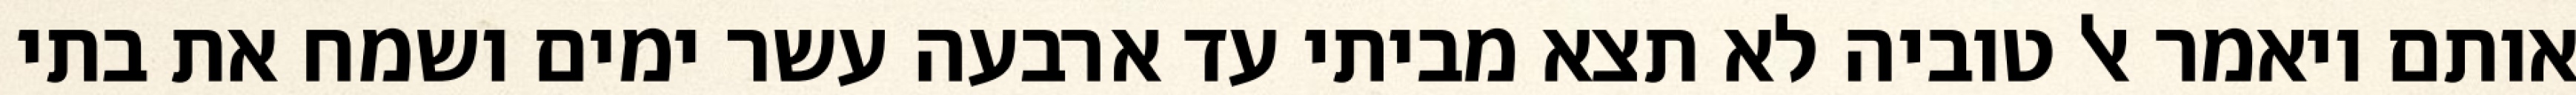
אותם ויאמר אל טוביה לא תצא מביתי עד ארבעה עשר ימים ושמח את בתי